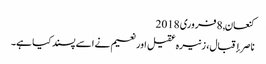
کنعان, ‏8 فروری 2018
ناصر إقبال، زنیرہ عقیل اور نعیم نے اسے پسند کیا ہے۔